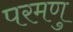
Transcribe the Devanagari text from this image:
परमणु